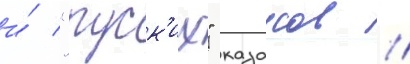
и́ "руск'их" казаков //